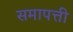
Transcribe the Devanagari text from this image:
समापत्ती